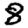
Digit: 8